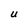
Character: U